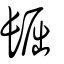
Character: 镼